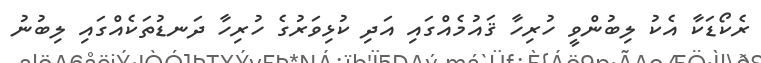
ރެކޯޑަކާ އެކު ލިބުންވީ ހުރިހާ ޤައުމެއްގައި އަދި ކުޅިވަރުގެ ހުރިހާ ދަނޑުތަކެއްގައި ލިބުނު